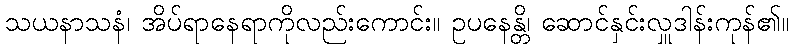
သယနာသနံ၊ အိပ်ရာနေရာကိုလည်းကောင်း။ ဥပနေန္တိ၊ ဆောင်နှင်းလှူဒါန်းကုန်၏။